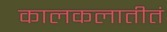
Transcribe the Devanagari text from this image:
कालकलातीतं